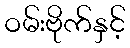
ဝမ်းဗိုက်နှင့်